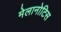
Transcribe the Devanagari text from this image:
मेलानोटिस